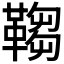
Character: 𩌄